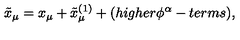
\tilde { x } _ { \mu } = x _ { \mu } + \tilde { x } _ { \mu } ^ { ( 1 ) } + ( h i g h e r \phi ^ { \alpha } - t e r m s ) ,